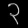
Digit: ၃